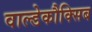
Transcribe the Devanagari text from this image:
वाल्डेकौक्सिब